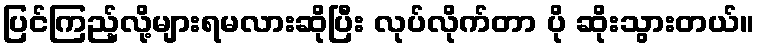
ပြင်ကြည့်လို့များရမလားဆိုပြီး လုပ်လိုက်တာ ပို ဆိုးသွားတယ်။